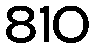
810